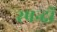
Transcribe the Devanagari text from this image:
स्पन्दों